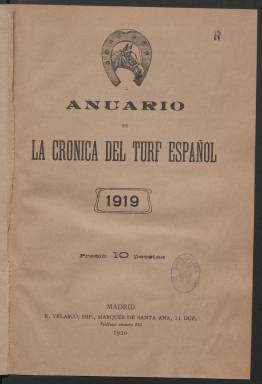
Título: Anuario de la crónica del turf español
Colección: Deportes
Ámbito geográfico: Madrid
Lugar de publicación: Madrid
Fechas: 01/01/1919-31/12/1919